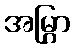
အမြွှာ